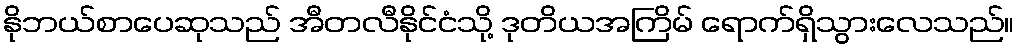
နိုဘယ်စာပေဆုသည် အီတလီနိုင်ငံသို့ ဒုတိယအကြိမ် ရောက်ရှိသွားလေသည်။